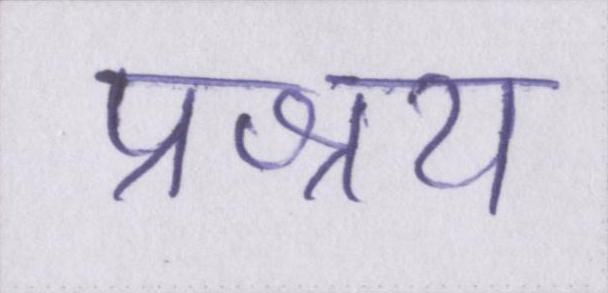
प्रश्रय